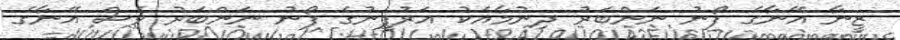
ޒީނާ އޭނާގެ ފޯނު ނަންބަރު ދިނުމާއެކު އަރުފީނުގެ ފޯނު ނަންބަރު ވެސް އޭނާގެ